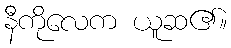
နီကိုလေက ယူဆ၏။